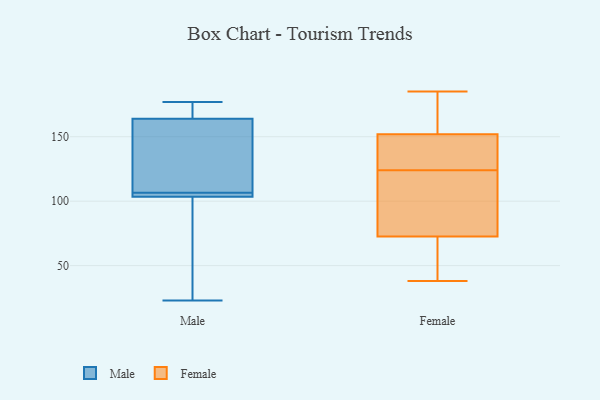
{"axis": {"x": "Net Income (USD K)", "y": "Value"}, "legend": ["Female", "Male"], "data": [{"x": "", "y": 167, "type": "Male"}, {"x": "", "y": 103, "type": "Male"}, {"x": "", "y": 177, "type": "Male"}, {"x": "", "y": 171, "type": "Male"}, {"x": "", "y": 161, "type": "Male"}, {"x": "", "y": 25, "type": "Male"}, {"x": "", "y": 116, "type": "Male"}, {"x": "", "y": 23, "type": "Male"}, {"x": "", "y": 107, "type": "Male"}, {"x": "", "y": 58, "type": "Male"}, {"x": "", "y": 105, "type": "Male"}, {"x": "", "y": 104, "type": "Male"}, {"x": "", "y": 106, "type": "Male"}, {"x": "", "y": 176, "type": "Male"}, {"x": "", "y": 106, "type": "Male"}, {"x": "", "y": 159, "type": "Male"}, {"x": "", "y": 155, "type": "Female"}, {"x": "", "y": 59, "type": "Female"}, {"x": "", "y": 86, "type": "Female"}, {"x": "", "y": 157, "type": "Female"}, {"x": "", "y": 127, "type": "Female"}, {"x": "", "y": 121, "type": "Female"}, {"x": "", "y": 185, "type": "Female"}, {"x": "", "y": 130, "type": "Female"}, {"x": "", "y": 39, "type": "Female"}, {"x": "", "y": 149, "type": "Female"}, {"x": "", "y": 38, "type": "Female"}, {"x": "", "y": 107, "type": "Female"}]}